Lunatic asylums Madras 1892-1911 - 1892-1911
Year: 1892
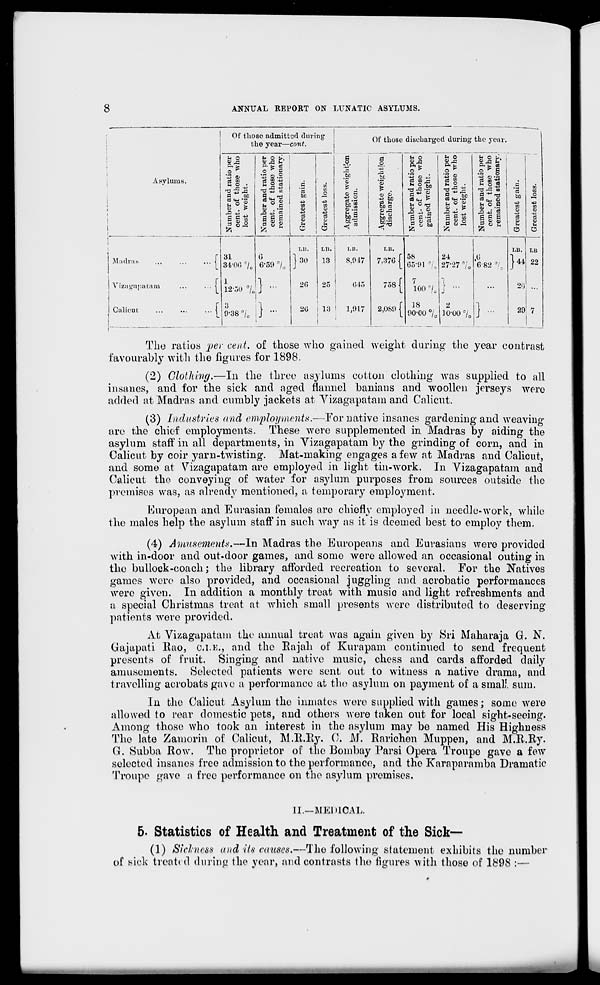
8
ANNUAL REPORT ON LUNATIC ASYLUMS.
Of those admitted during
the year—cont.
..
.
Of those discharged during the year.
~~
Asylums.
Number and ratio per
cent, of those who
lost weight.
Number and ratio per
cent, of those who
remained stationary.
Greatest gain.
o
CO
o
e3
u
O
Aggregate weigh tjon
admission.
Aggregate weight Ion
discharge.
Number and ratio per
cent- of those who
gained weight.
Number and ratio per
cent, of those who
lost weight.
Number and ratio per
cent, of those who
remained stationary.
Greatest gain.
to
w
co
CO
a
Madras
f
v
f
\ izngupatarn
...
... <
Calicut
...
...
... |
31
34-or, °/ e
1
12-50 °/„
3
9-38 n / 0
6
6-59 7o
1
:
i
1.1!.
]so
26
20
Ll!.
13
25
13
1
1
i.n.
8,917
045
1,917
i.n.
7,376 [
758 f
2,089 f
58
65-91 %
7
100 °/ 0
18
90-00 °/ 0
24
27-27 °/ 0
1
J -
2
io-oo =/ 0
.6
6 82 °/ 0
LB.
j 44
20
29
LB
22
7
I
The ratios per cent, of those who gained weight during the year contrast
favourably with the figures for 1898.
(2) Clothing.—In the three asylums cotton clothing was supplied to all
insan.es, and for the sick and aged flannel banians and woollen jerseys were
added at Madras and cuinbly jackets at Yizagapatam and Calicut.
(3) Industries and employments.—For native insanes gardening and weaving
are the chief employments. These were supplemented in Madras by aiding the
asylum staff in all departments, in Vizagapatam by the grinding of corn, and in
Calicut by coir yarn-twisting. Mat-making engages a few at Madras and Calicut,
and some at Vizagapatam are employed in light tin-work. In Vizagapatam and
Calicut the conveying of water for asylum purposes from sources outside the
premises was, as already mentioned, a temporary employment.
European and Eurasian females are chiefly employed in needle-work, while
the males help the asylum staff' in such way as it is deemed best to employ them.
(4) Amusements,—In Madras the Europeans and Eurasians were provided
with in-door and out-door games, and some were allowed an occasional outing in
the bullock-coach; the library afforded recreation to several. For the Natives
games were also provided, and occasional juggling and acrobatic performances
were given. In addition a monthly treat with music and light refreshments and
a special Christmas treat at which small presents were distributed to deserving
patients were provided.
At Vizagapatam the annual treat was again given by Sri Maharaja G. N.
Gajapati Eao, 0.I.E,, and the Rajah of Kurapam continued to send frequent
presents of fruit. Singing and native music, chess and cards afforded daily
amusements. Selected patients were sent, out to witness a native drama, and
travelling acrobats gave a performance at the asylum on payment of a small, sum.
In the Calicut Asylum the inmates wore supplied with games; some were
allowed to rear domestic pets, and others were taken out for local sight-seeing.
Among those who took an interest in the asylum may be named His Highness
Tho late Zaniorin of Calicut, M.B.By. 0. M. Rarichon Muppen, and M.R.Ry.
Q, Subba Row. The proprietor of the Bombay Parsi Opera Troupe gave a few
selected insanes free admission to the performance, and the Karaparamba Dramatic
Troupe gave a free performance on the asylum premises.
II.—ME1UCAL.
5. Statistics of Health and Treatment of the Sick—
(1) Sickness and its causes.—The following statement exhibits the number
of sick treated during the year, and contrasts the figures with those of l£9S :—